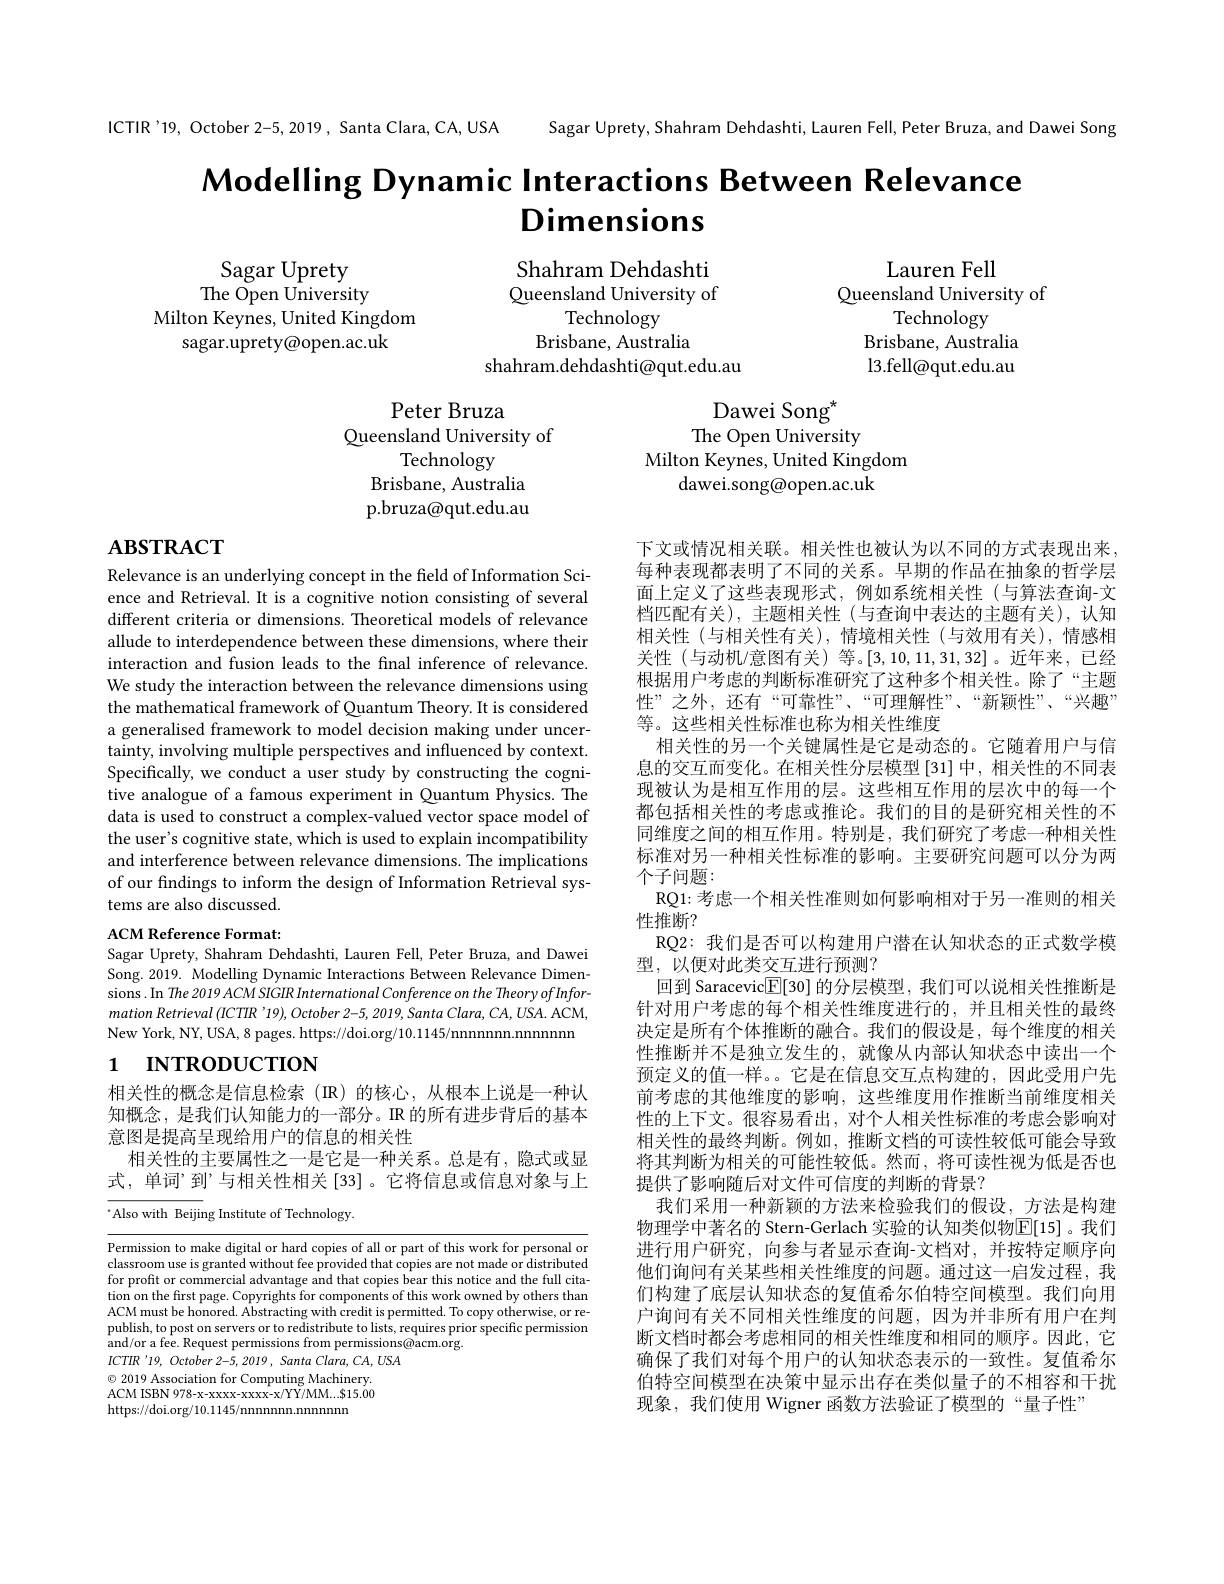
ICTIR'19, October 2-5, 2019, Santa Clara, CA, USA

Sagar Uprety, Shahram Dehdashti, Lauren Fell, Peter Bruza, and Dawei Song

# Modelling Dynamic Interactions Between Relevance Dimensions

Sagar Uprety
${\mathrm{The~Open~University}}$
Milton Keynes, United Kingdom
sagar.uprety@open.ac.uk

Shahram Dehdashti Queensland University of
Technology
Brisbane, Australia
shahram.dehdashti@qut.edu.au

Lauren Fell
Queensland University of
Technology
Brisbane, Australia l3. fell@ qut. edu. au

Dawei Song$^{*}$
The Open University
Milton Keynes, United Kingdom
dawei.song@open.ac.uk

Peter Bruza
Queensland University of
Technology
Brisbane, Australia p.bruza@qut.edu.au

# $\mathbf{ABSTRACT}$

Relevance is an underlying concept in the field of Information Science and Retrieval. It is a cognitive notion consisting of several different criteria or dimensions. Theoretical models of relevance allude to interdependence between these dimensions, where their interaction and fusion leads to the final inference of relevance. We study the interaction between the relevance dimensions using the mathematical framework of Quantum Theory. It is considered a generalised framework to model decision making under uncertainty, involving multiple perspectives and influenced by context. Specifically, we conduct a user study by constructing the cognitive analogue of a famous experiment in Quantum Physics. The data is used to construct a complex-valued vector space model of the user's cognitive state, which is used to explain incompatibility and interference between relevance dimensions. The implications of our findings to inform the design of Information Retrieval systems are also discussed.

ACM Reference Format:
Sagar Uprety, Shahram Dehdashti, Lauren Fell, Peter Bruza, and Dawei

下文或情况相关联。相关性也被认为以不同的方式表现出来， 每种表现都表明了不同的关系。早期的作品在抽象的哲学层面上定义了这些表现形式，例如系统相关性(与算法查询-文档匹配有关),主题相关性(与查询中表达的主题有关),认知相关性(与相关性有关),情境相关性(与效用有关),情感相关性(与动机/意图有关)等。[3,10,11,31,32]。近年来，已经根据用户考虑的判断标准研究了这种多个相关性。除了“主题性”之外，还有“可靠性”、“可理解性”、“新颖性”、“兴趣” 等。这些相关性标准也称为相关性维度
相关性的另一个关键属性是它是动态的。它随着用户与信息的交互而变化。在相关性分层模型 [31]中，相关性的不同表现被认为是相互作用的层。这些相互作用的层次中的每一个都包括相关性的考虑或推论。我们的目的是研究相关性的不同维度之间的相互作用。特别是，我们研究了考虑一种相关性标准对另一种相关性标准的影响。主要研究问题可以分为两个子问题：
RQ1: 考虑一个相关性准则如何影响相对于另一准则的相关
性推断？
RQ2: 我们是否可以构建用户潜在认知状态的正式数学模
型，以便对此类交互进行预测？
回到 Saracevic$\boxed{\mathrm{F}}[30]$的分层模型，我们可以说相关性推断是针对用户考虑的每个相关性维度进行的，并且相关性的最终决定是所有个体推断的融合。我们的假设是，每个维度的相关性推断并不是独立发生的，就像从内部认知状态中读出一个预定义的值一样。。它是在信息交互点构建的，因此受用户先前考虑的其他维度的影响，这些维度用作推断当前维度相关性的上下文。很容易看出，对个人相关性标准的考虑会影响对相关性的最终判断。例如，推断文档的可读性较低可能会导致将其判断为相关的可能性较低。然而，将可读性视为低是否也提供了影响随后对文件可信度的判断的背景？
我们采用一种新颖的方法来检验我们的假设，\_方法是构建物理学中著名的 Stern-Gerlach 实验的认知类似物$\mathbb{E}[15]$。我们进行用户研究，向参与者显示查询-文档对，并按特定顺序向他们询问有关某些相关性维度的问题。通过这一启发过程，我们构建了底层认知状态的复值希尔伯特空间模型。我们向用户询问有关不同相关性维度的问题，因为并非所有用户在判断文档时都会考虑相同的相关性维度和相同的顺序。因此，它确保了我们对每个用户的认知状态表示的一致性。复值希尔伯特空间模型在决策中显示出存在类似量子的不相容和干扰现象，我们使用 Wigner 函数方法验证了模型的“量子性”

Song. 2019. Modelling Dynamic Interactions Between Relevance Dimensions. In The 2019 ACM SIGIR International Conference on the Theory of Information Retrieval (ICTIR '19), October 2-5, 2019, Santa Clara, CA, USA. ACM, New York, NY, USA, 8 pages. https://doi.org/10.1145/nnnnnnn.nnnnnn

# 1 INTRODUCTION

相关性的概念是信息检索(IR)的核心，从根本上说是一种认知概念，是我们认知能力的一部分。IR 的所有进步背后的基本意图是提高呈现给用户的信息的相关性
相关性的主要属性之一是它是一种关系。总是有，隐式或显式，单词”到”与相关性相关[33]。它将信息或信息对象与上

“Also with Beijing Institute of Technology.

Permission to make digital or hard copies of all or part of this work for personal or classroom use is granted without fee provided that copies are not made or distributed for profit or commercial advantage and that copies bear this notice and the full citation on the first page. Copyrights for components of this work owned by others than ACM must be honored. Abstracting with credit is permitted. To copy otherwise, or republish, to post on servers or to redistribute to lists, requires prior specific permission and/ or a fee. Request permissions from permissions@ acm. org.
$ICTIR^{\prime}19,October2-5,2019,SantaClara,CA,USA$
$\textcircled{\circ}$ 2019 Association for Computing Machinery. ACM ISBN 978-x-xxxx-xxxx-x/YY/MM...$15.00 https://doi.org/10.1145/nnnnnn.nnnnnn